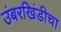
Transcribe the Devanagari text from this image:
उंबरखिंडीचा